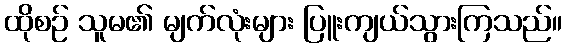
ထိုစဉ် သူမ၏ မျက်လုံးများ ပြူးကျယ်သွားကြသည်။